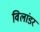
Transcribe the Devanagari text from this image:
विलांडर